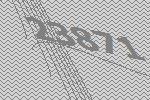
23871